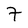
Character: 7